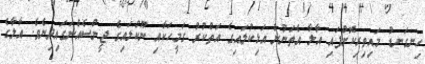
ހިނގަނޑު މައިތިރިކޮށްފައި އާލާ އެތަނުން އަޅިކުލައިގެ އަތްކުރު ގަމީހަކާއި ނޫކުލައިގެ ޖީންސެއްނަގައިދިނެވެ. އާލާގެ